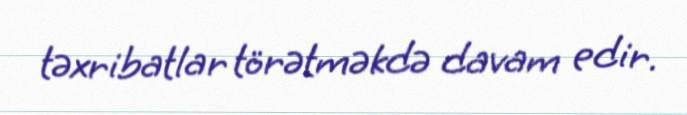
təxribatlar törətməkdə davam edir.